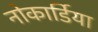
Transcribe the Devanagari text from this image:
नोकार्डिया